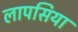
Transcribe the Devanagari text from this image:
लापसिया